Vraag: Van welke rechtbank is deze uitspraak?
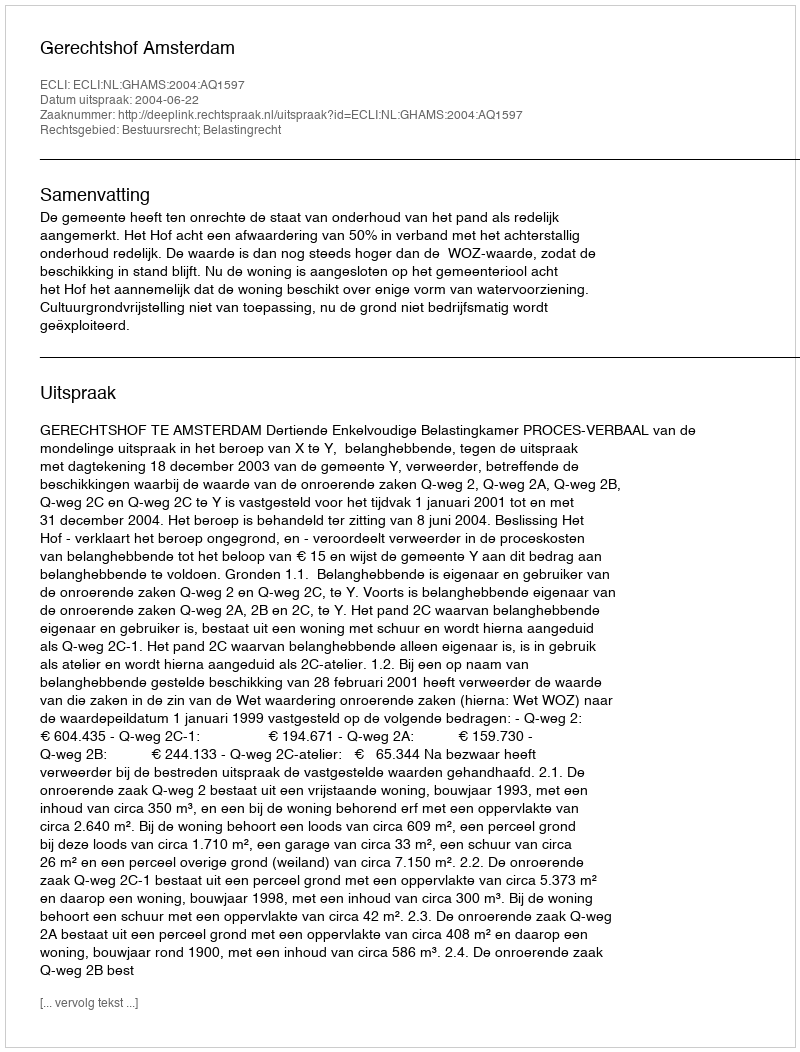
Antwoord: Gerechtshof Amsterdam